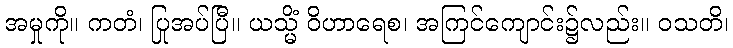
အမှုကို။ ကတံ၊ ပြုအပ်ပြီ။ ယသ္မိံ ဝိဟာရေစ၊ အကြင်ကျောင်း၌လည်း။ ဝသတိ၊